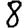
Digit: 8